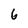
Character: 6